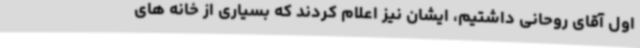
اول آقای روحانی داشتیم، ایشان نیز اعلام کردند که بسیاری از خانه های